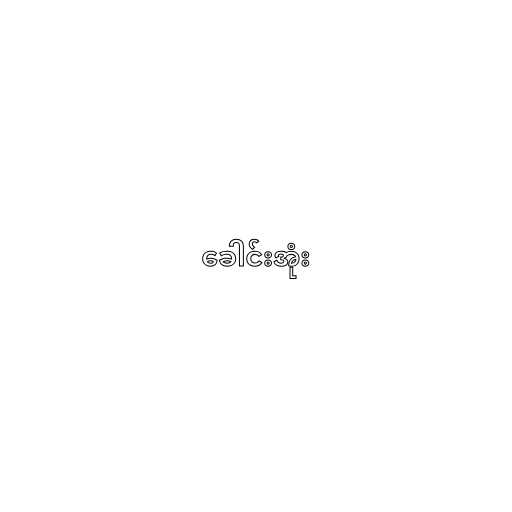
ခေါင်းအုံး